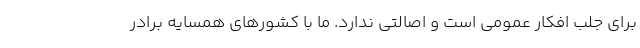
برای جلب افکار عمومی است و اصالتی ندارد‌. ما با کشورهای همسایه برادر